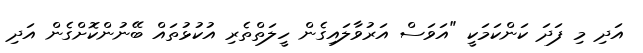
އަދި މި ފަދަ ކަންކަމަކީ "އަވަސް އަރުވާލައިގެން ހީލަތްތެރި އުކުޅުތައް ބޭނުންކޮށްގެން އަދި